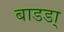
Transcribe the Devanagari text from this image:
बाडडा्